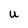
Character: U